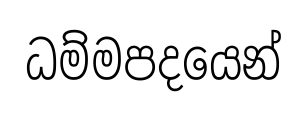
ධම්මපදයෙන්